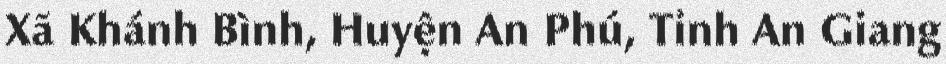
Xã Khánh Bình, Huyện An Phú, Tỉnh An Giang